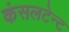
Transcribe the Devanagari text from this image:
कंसलटेन्ट